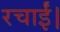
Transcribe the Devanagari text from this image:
रचाईं।